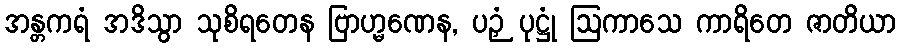
အန္တကရံ အဒိသွာ သုစိရတေန ဗြာဟ္မဏေန, ပဉှံ ပုဋ္ဌုံ ဩကာသေ ကာရိတေ ဇာတိယာ